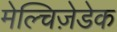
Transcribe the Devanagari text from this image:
मेल्चिज़ेडेक